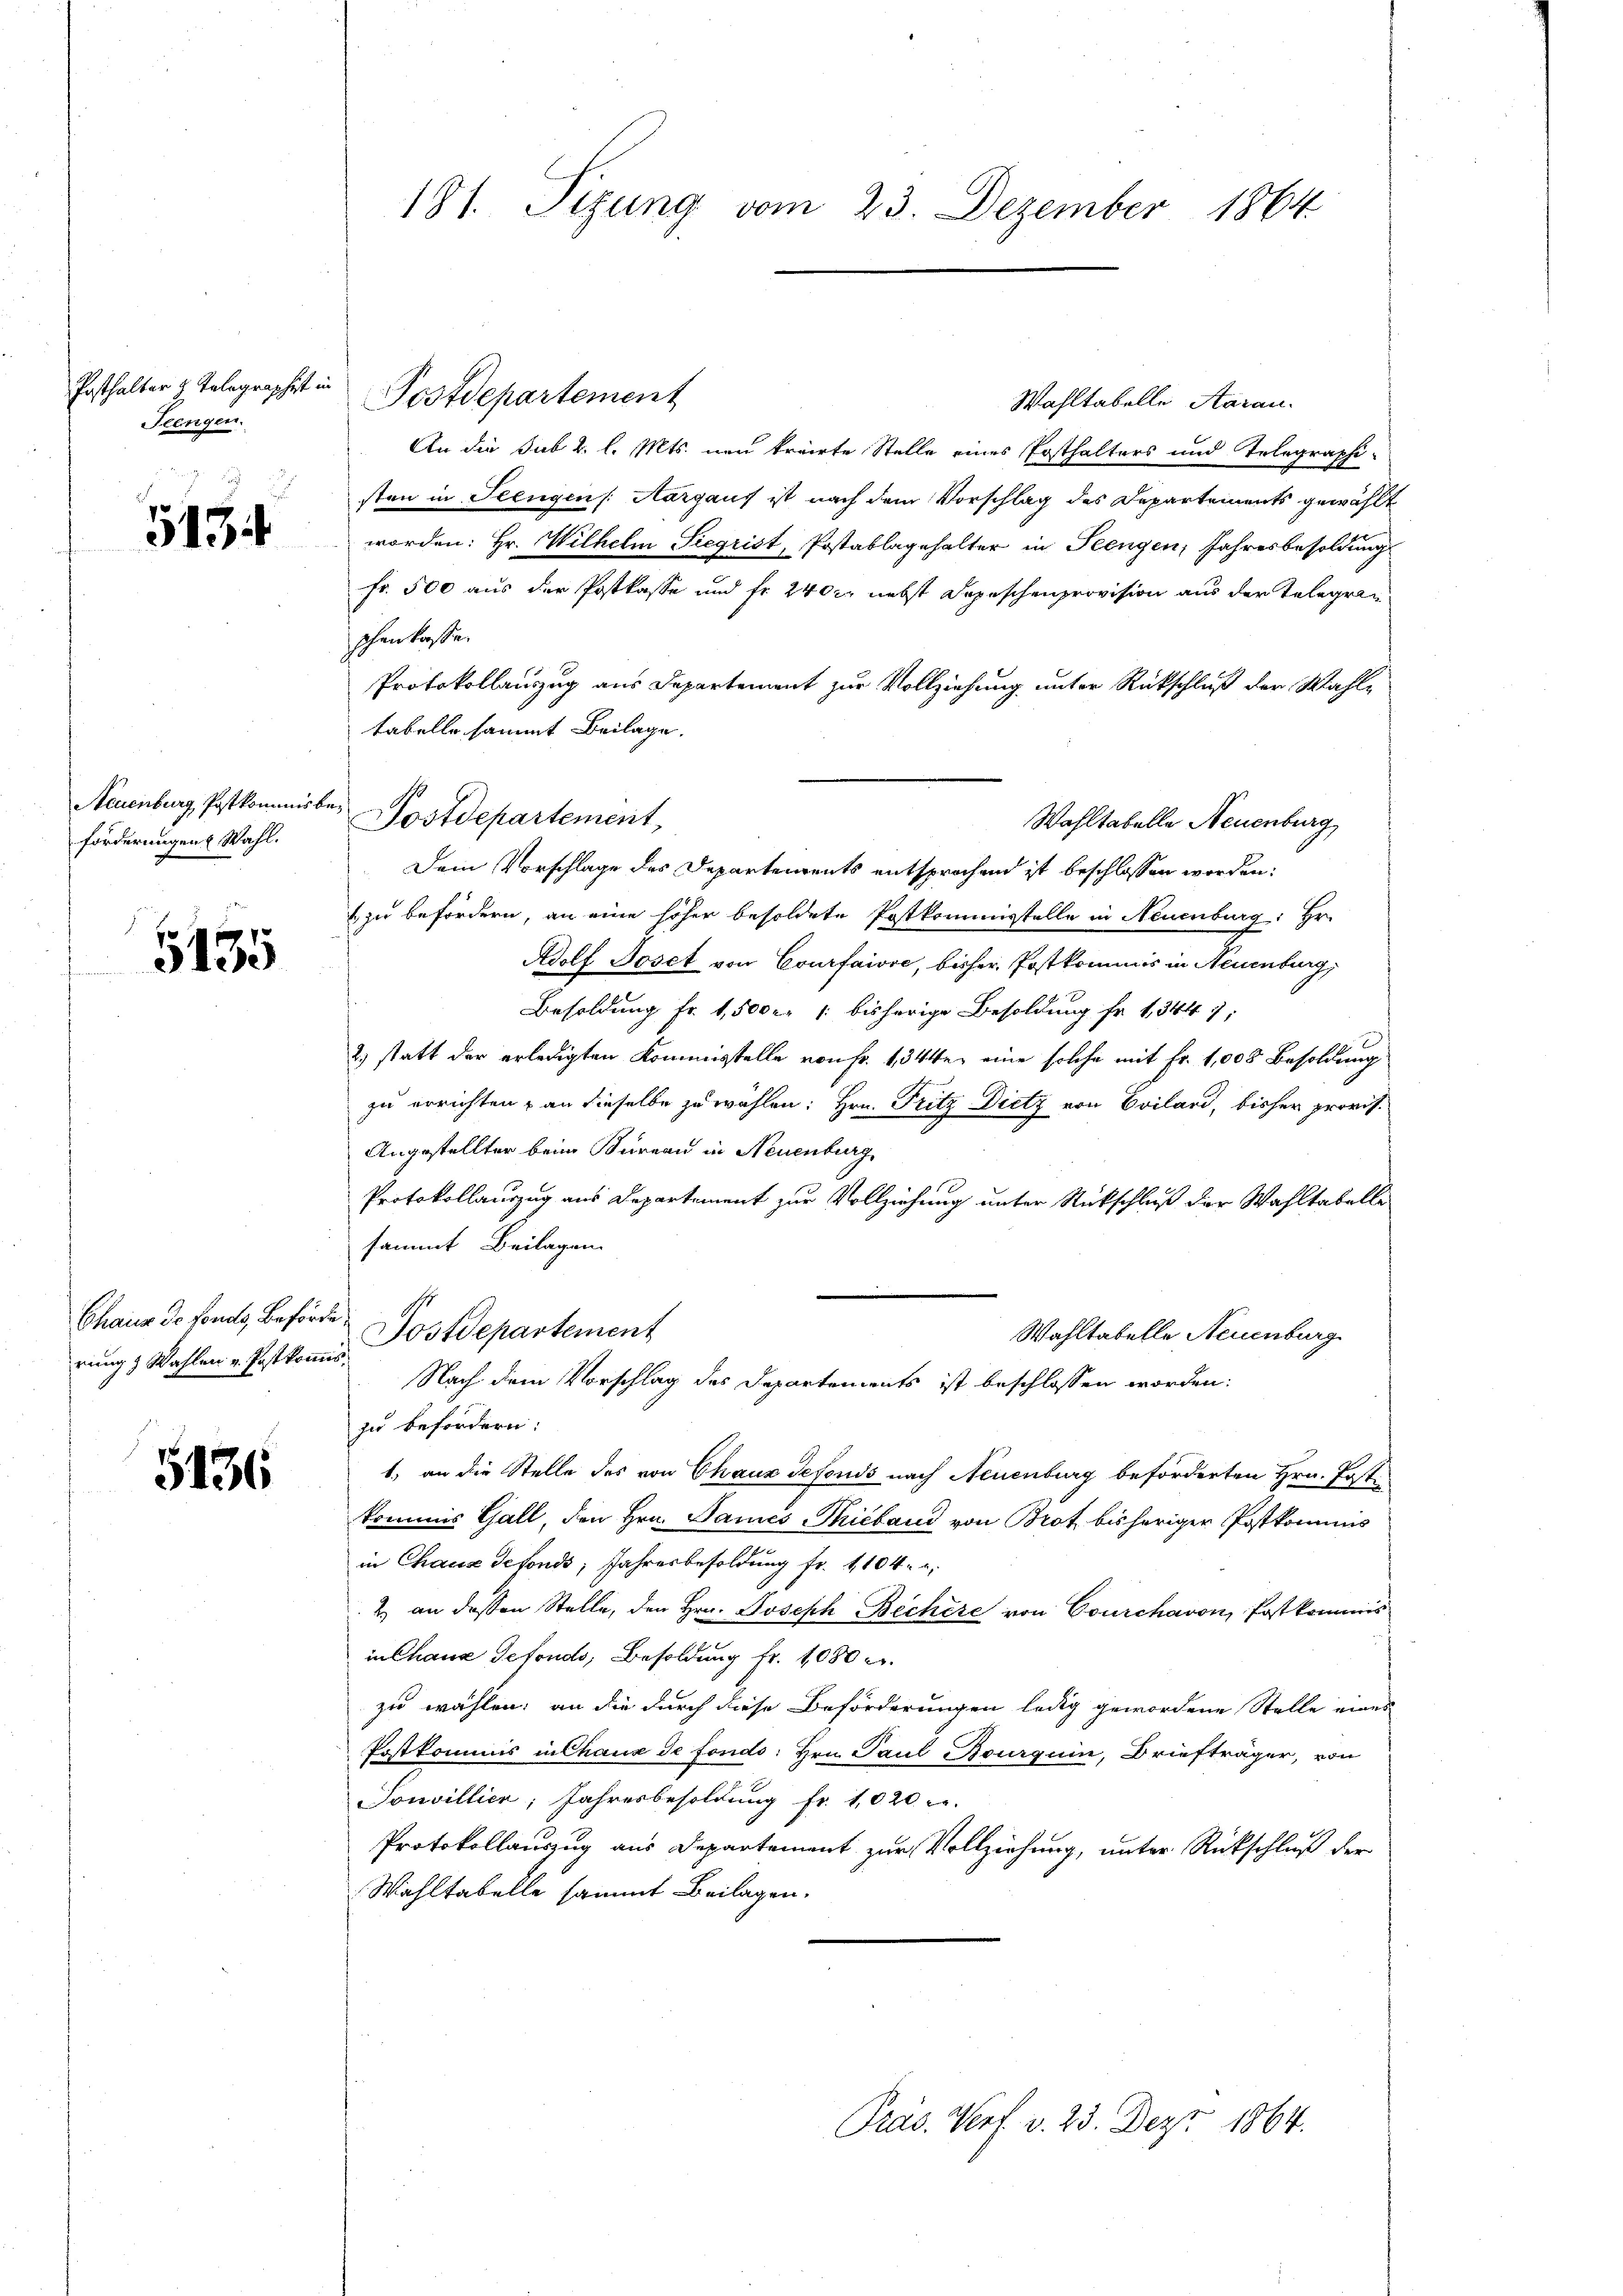
Posthalter 2 Telegraphes in
Feengen.

5154

Neuenburg, Postkommisb.
forderungen Wahl.

1
3135

Chaus de fonds, Behörde.
rung & Wahlen v. Postkommis¬

5436

Postdepartement
Wahltabelle Aarau
An die Sub 2. l. Mts. neu trairte Stelle eines Posthalters und Telegraphi-
sten in Seengen /: Aargaus ist nach dem Vorschlag des Departements gewählt
worden: Hr. Wilhelm Siegrist, Postablagehalter in Teengen, Jahresbesoldungs
fr. 500 aus der Postkasse und fr 240 nebst Depeschenprovision aus der Telegranphen lasse.
Protokollauszug aus Departement zur Vollziehung unter Rückschluß der Wahltabelle sammt Beilage.
Wahltabelle Neuenburg,
Dein Vorschlage des Departements entsprochend ist beschlossen worden:
& zu befördern, an eine höher besoldete Postkommisstelle in Neuenburg: Hr.
Adolf Joset von Courfaisse, bisher Postkommis in Neuenburg,
Besoldung Fr. 1,500 r. 1 bisherige Besoldung fr. 1344),
2) statt der erledigten Kommisstelle von Fr. 1344, eine solche mit Fr. 1,000 Besoldung
zu errichten & an dieselbe zu wählen; Hrn. Fritz Dietz von Evilard, bisher provis¬
Angestellter beim Bureau in Neuenburg,
Protokollauszug aus Departement zur Vollziehung unter Rückschluß der Wahltabelle
sammt Beilagen
Postdepartement
Wahltabelle Neuenburg
Nach dem Vorschlag des Departements ist beschlossen worden:
zu befordern:
1., an die Stelle des von Chaux sefonds nach Neuenburg beförderten Hrn. Post-
kommis Gall, den Hrn. James Thicbaud von Brot bisheriger Postkommis
in Chaux defonds, Jahresbesoldung fr. 1104. u.
2) an dessen Stelle, den Hrn. Joseph Bechère von Courchavon, Postkommis
in Chaus defonds, Besoldung fr. 1080 c.
zu wählen; an die durch diese Beförderungen ledig gewordene Stelle eines
Postkommis in Chaux de fonds. Hrn. Paul Bourguin, Briefträger, von
Sonvillien, Jahresbesoldung fr. 1020
Protokollauszug aus Departement zur Vollziehung, unter Rückschluß der
Wahltabelle sammt Beilagen.

181. Sizung vom 23. Dezember 1864

e Postdepartement,

Präs. Verf. v. 23. Dez. 1864.